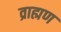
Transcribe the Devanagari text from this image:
व्राह्मण